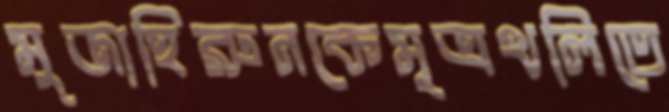
মুজাহিরুনকেমূত্রথলিতে